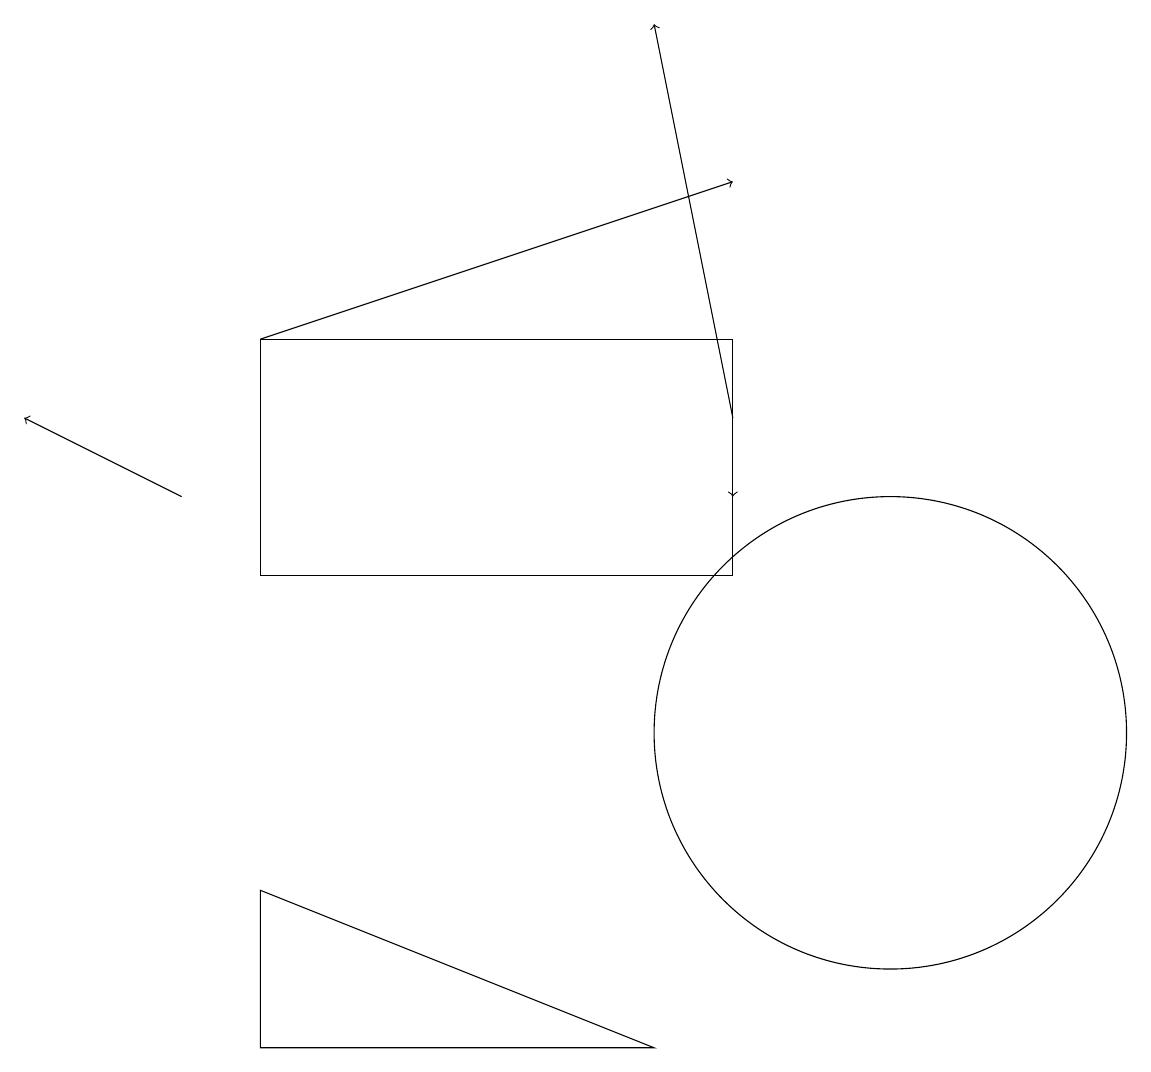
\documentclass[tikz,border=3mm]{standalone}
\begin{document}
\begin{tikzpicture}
\draw[->] (2,13) -- (0,14);
\draw[->] (3,15) -- (9,17);
\draw[->] (9,14) -- (8,19);
\draw[->] (9,15) -- (9,13);
\draw (3,8) -- (8,6) -- (3,6) -- cycle;
\draw (11,10) circle (3);
\draw (9,15) rectangle (3,12);
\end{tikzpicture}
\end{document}